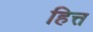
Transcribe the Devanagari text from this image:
हित्त